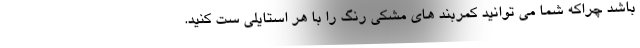
باشد چراکه شما می توانید کمربند های مشکی رنگ را با هر استایلی ست کنید.